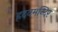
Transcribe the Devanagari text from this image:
ह्रदयमन्दिर